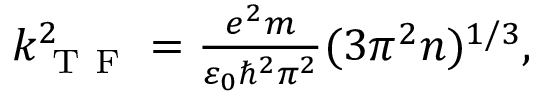
\begin{array} { r } { k _ { \mathrm { ~ T ~ F ~ } } ^ { 2 } = \frac { e ^ { 2 } m } { \varepsilon _ { 0 } \hbar ^ { 2 } \pi ^ { 2 } } ( 3 \pi ^ { 2 } n ) ^ { 1 / 3 } , } \end{array}